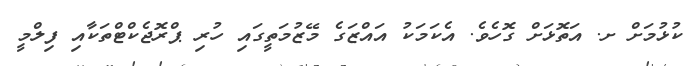
ކުޅުމަށް ށ. އަތޮޅަށް ގޮހެވެ. އެކަމަކު އައްޒަގެ މޭޒުމަތީގައި ހުރި ޕްރޮޖެކްޓްތަކާއި ފިލްމީ